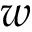
w